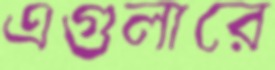
এগুলারে